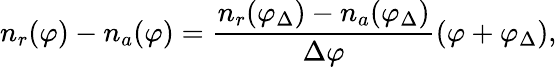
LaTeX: n_{r}(\varphi)-n_{a}(\varphi)={\frac{n_{r}(\varphi_{\Delta})-n_{a}(\varphi_{\Delta})}{\Delta\varphi}}(\varphi+\varphi_{\Delta}),